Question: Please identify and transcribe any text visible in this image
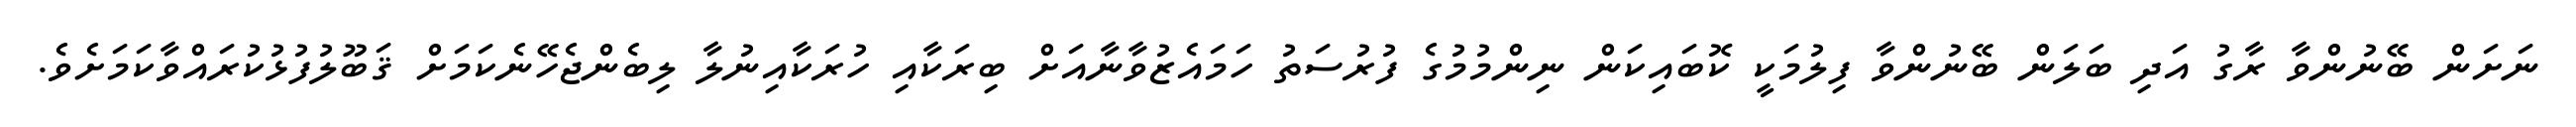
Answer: ނަށަން ބޭނުންވާ ރާގު އަދި ބަލަން ބޭނުންވާ ފިލުމަކީ ކޮބައިކަން ނިންމުމުގެ ފުރުސަތު ހަމައެޒުވާނާއަށް ބިރަކާއި ހުރަކާއިނުލާ ލިބެންޖެހޭނެކަމަށް ޤަބޫލުފުޅުކުރައްވާކަމަށެވެ.